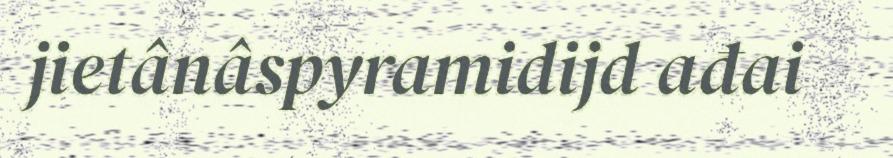
jietânâspyramidijd ađai